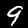
Digit: 9